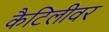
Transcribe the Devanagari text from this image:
कैटिलीवर